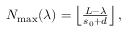
\begin{array} { r } { N _ { \mathrm { m a x } } ( \lambda ) = \left\lfloor \frac { L - \lambda } { s _ { 0 } + d } \right\rfloor , } \end{array}